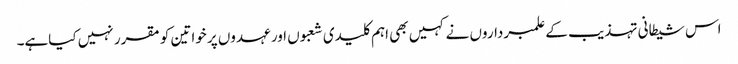
اس شیطانی تہذیب کے علمبرداروں نے کہیں بھی اہم کلیدی شعبوں اور عہدوں پر خواتین کو مقرر نہیں کیاہے۔